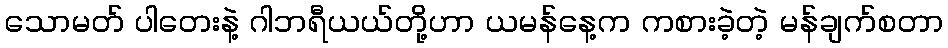
သောမတ် ပါတေးနဲ့ ဂါဘရီယယ်တို့ဟာ ယမန်နေ့က ကစားခဲ့တဲ့ မန်ချက်စတာ